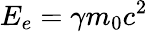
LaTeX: E_{e}=\gamma m_{0}c^{2}